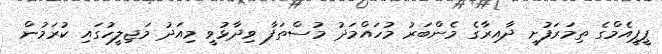
ޕީޕީއެމްގެ ތިމަރަފުށީ ދާއިރާގެ މެންބަރު މުހައްމަދު މުސްތަފާ ވިދާޅުވީ މިއަދު މަޖިލީހުގައި ކުރަމުން